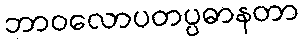
ဘာဝလောပတပ္ပဓာနတာ